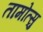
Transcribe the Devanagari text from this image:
तामोत्सु